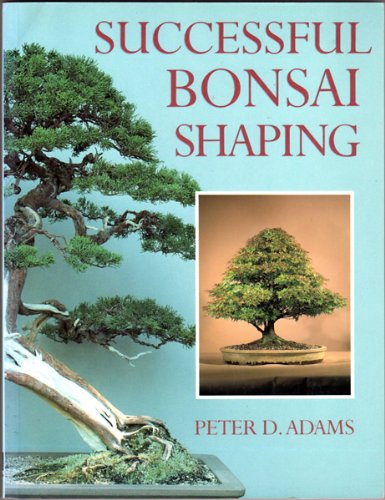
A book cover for Successful Bonsai Shaping; Peter Dow Adams; Crafts, Hobbies & Home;